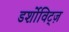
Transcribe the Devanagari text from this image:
डर्शोविट्ज़